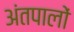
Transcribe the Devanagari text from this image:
अंतपालों